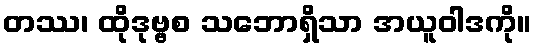
တဿ၊ ထိုဒုဗ္ဗစ သဘောရှိသာ အယူဝါဒကို။